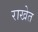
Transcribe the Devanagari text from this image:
राखेत